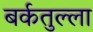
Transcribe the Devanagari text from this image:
बर्कतुल्ला